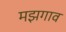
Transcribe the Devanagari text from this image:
मझगाव